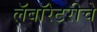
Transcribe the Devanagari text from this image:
लॅबॉरेटरीचे